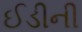
ઈડીની